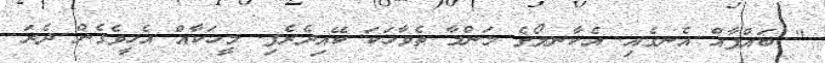
" ބައްޕާއް އެނގެއި. އެކާނލޯގެ މަންމާ ތެވާހަކަ ކޭއިދެރެފި. މީހަކާއް އެހީވެގެން ދެރަ